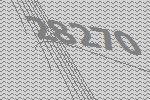
28270